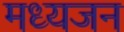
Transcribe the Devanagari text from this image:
मध्यजन